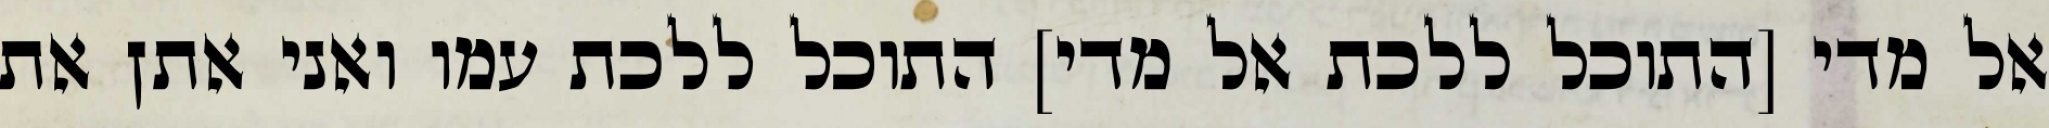
אל מדי [התוכל ללכת אל מדי] התוכל ללכת עמו ואני אתן את